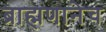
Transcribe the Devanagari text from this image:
ब्राह्मणानेच